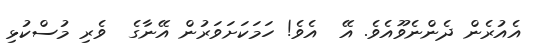
އެއުރެން ދެންނެވޫއެވެ. އޭ  އެވެ! ހަމަކަށަވަރުން އޭނާގެ  ވެރި މުސްކުޅި